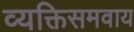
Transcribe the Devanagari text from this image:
व्यक्तिसमवाय